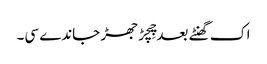
اک گھنٹے بعد چِچڑ جھڑ جاندے سی۔